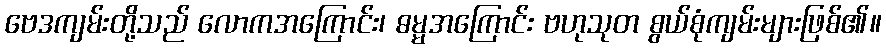
ဗေဒကျမ်းတို့သည် လောကအကြောင်း၊ ဓမ္မအကြောင်း ဗဟုသုတ စွယ်စုံကျမ်းများဖြစ်၏။